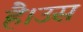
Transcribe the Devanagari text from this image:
है।उस